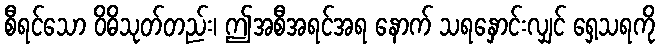
စီရင်သော ဝိဓိသုတ်တည်း၊ ဤအစီအရင်အရ နောက် သရနှောင်းလျှင် ရှေ့သရကို